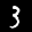
Label: 3